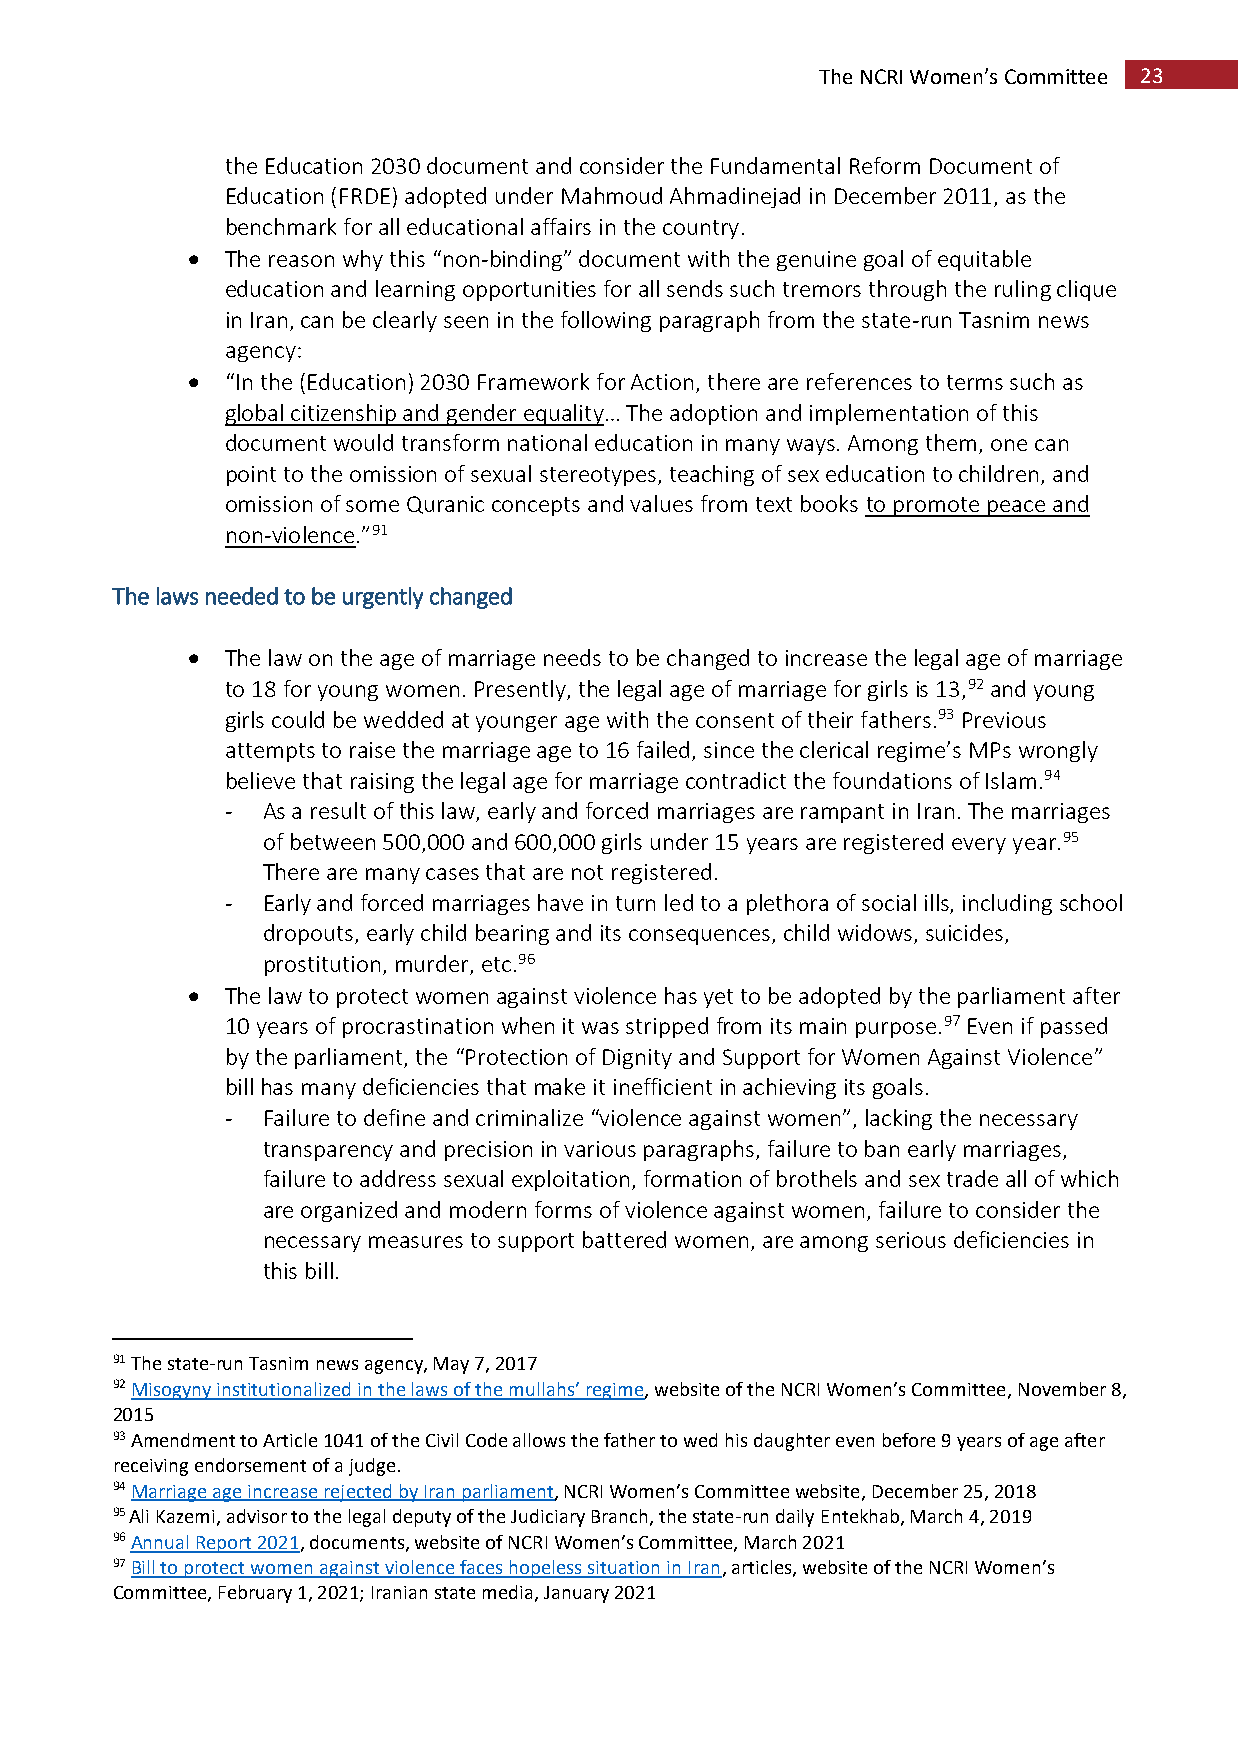
The NCRI Women’s Committee 23
 the Education 2030 document and consider the Fundamental Reform Document of
 Education (FRDE) adopted under Mahmoud Ahmadinejad in December 2011, as the
 benchmark for all educational affairs in the country.
   The reason why this “non-binding” document with the genuine goal of equitable
 education and learning opportunities for all sends such tremors through the ruling clique
 in Iran, can be clearly seen in the following paragraph from the state-run Tasnim news
 agency:
   “In the (Education) 2030 Framework for Action, there are references to terms such as
 global citizenship and gender equality… The adoption and implementation of this
 document would transform national education in many ways. Among them, one can
 point to the omission of sexual stereotypes, teaching of sex education to children, and
 omission of some Quranic concepts and values from text books to promote peace and
 non-violence.”91
 The laws needed to be urgently changed
   The law on the age of marriage needs to be changed to increase the legal age of marriage
 to 18 for young women. Presently, the legal age of marriage for girls is 13,92 and young
 girls could be wedded at younger age with the consent of their fathers.93 Previous
 attempts to raise the marriage age to 16 failed, since the clerical regime’s MPs wrongly
 believe that raising the legal age for marriage contradict the foundations of Islam.94
 - As a result of this law, early and forced marriages are rampant in Iran. The marriages
 of between 500,000 and 600,000 girls under 15 years are registered every year.95
 There are many cases that are not registered.
 - Early and forced marriages have in turn led to a plethora of social ills, including school
 dropouts, early child bearing and its consequences, child widows, suicides,
 prostitution, murder, etc.96
   The law to protect women against violence has yet to be adopted by the parliament after
 10 years of procrastination when it was stripped from its main purpose.97 Even if passed
 by the parliament, the “Protection of Dignity and Support for Women Against Violence”
 bill has many deficiencies that make it inefficient in achieving its goals.
 - Failure to define and criminalize “violence against women”, lacking the necessary
 transparency and precision in various paragraphs, failure to ban early marriages,
 failure to address sexual exploitation, formation of brothels and sex trade all of which
 are organized and modern forms of violence against women, failure to consider the
 necessary measures to support battered women, are among serious deficiencies in
 this bill.
 91 The state-run Tasnim news agency, May 7, 2017
 92 Misogyny institutionalized in the laws of the mullahs’ regime, website of the NCRI Women’s Committee, November 8,
 2015
 93 Amendment to Article 1041 of the Civil Code allows the father to wed his daughter even before 9 years of age after
 receiving endorsement of a judge.
 94 Marriage age increase rejected by Iran parliament, NCRI Women’s Committee website, December 25, 2018
 95 Ali Kazemi, advisor to the legal deputy of the Judiciary Branch, the state-run daily Entekhab, March 4, 2019
 96 Annual Report 2021, documents, website of NCRI Women’s Committee, March 2021
 97 Bill to protect women against violence faces hopeless situation in Iran, articles, website of the NCRI Women’s
 Committee, February 1, 2021; Iranian state media, January 2021